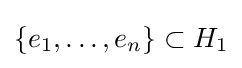
\{e_{1},\ldots ,e_{n}\}\subset H_{1}